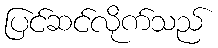
ပြင်ဆင်လိုက်သည်